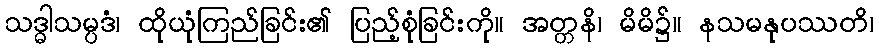
သဒ္ဓါသမ္ပဒံ၊ ထိုယုံကြည်ခြင်း၏ ပြည့်စုံခြင်းကို။ အတ္တနိ၊ မိမိ၌။ နသမနုပဿတိ၊